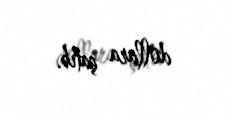
dollara çatıb.